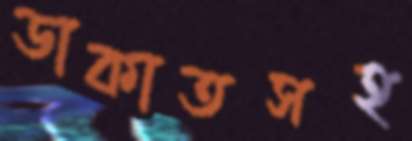
ডাকাতসহ